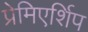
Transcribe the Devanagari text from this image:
प्रेमिएर्शिप